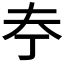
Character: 𪥃